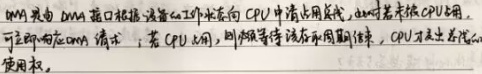
DMA 接口由 DMA 接口根据设备的工作状态向 CPU 申请占用总线，此时若未被 CPU 占用，可立即响应 DMA 请求；若 CPU 忙，则需要等待该存取周期结束，CPU 才交出总线的使用权。